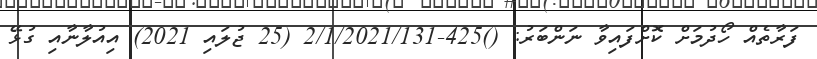
ފަރާތެއް ހޯދުމަށް ކޮށްފައިވާ ނަންބަރު: ()425-2/1/2021/131 (25 ޖުލައި 2021) އިއުލާނާއި ގުޅޭ